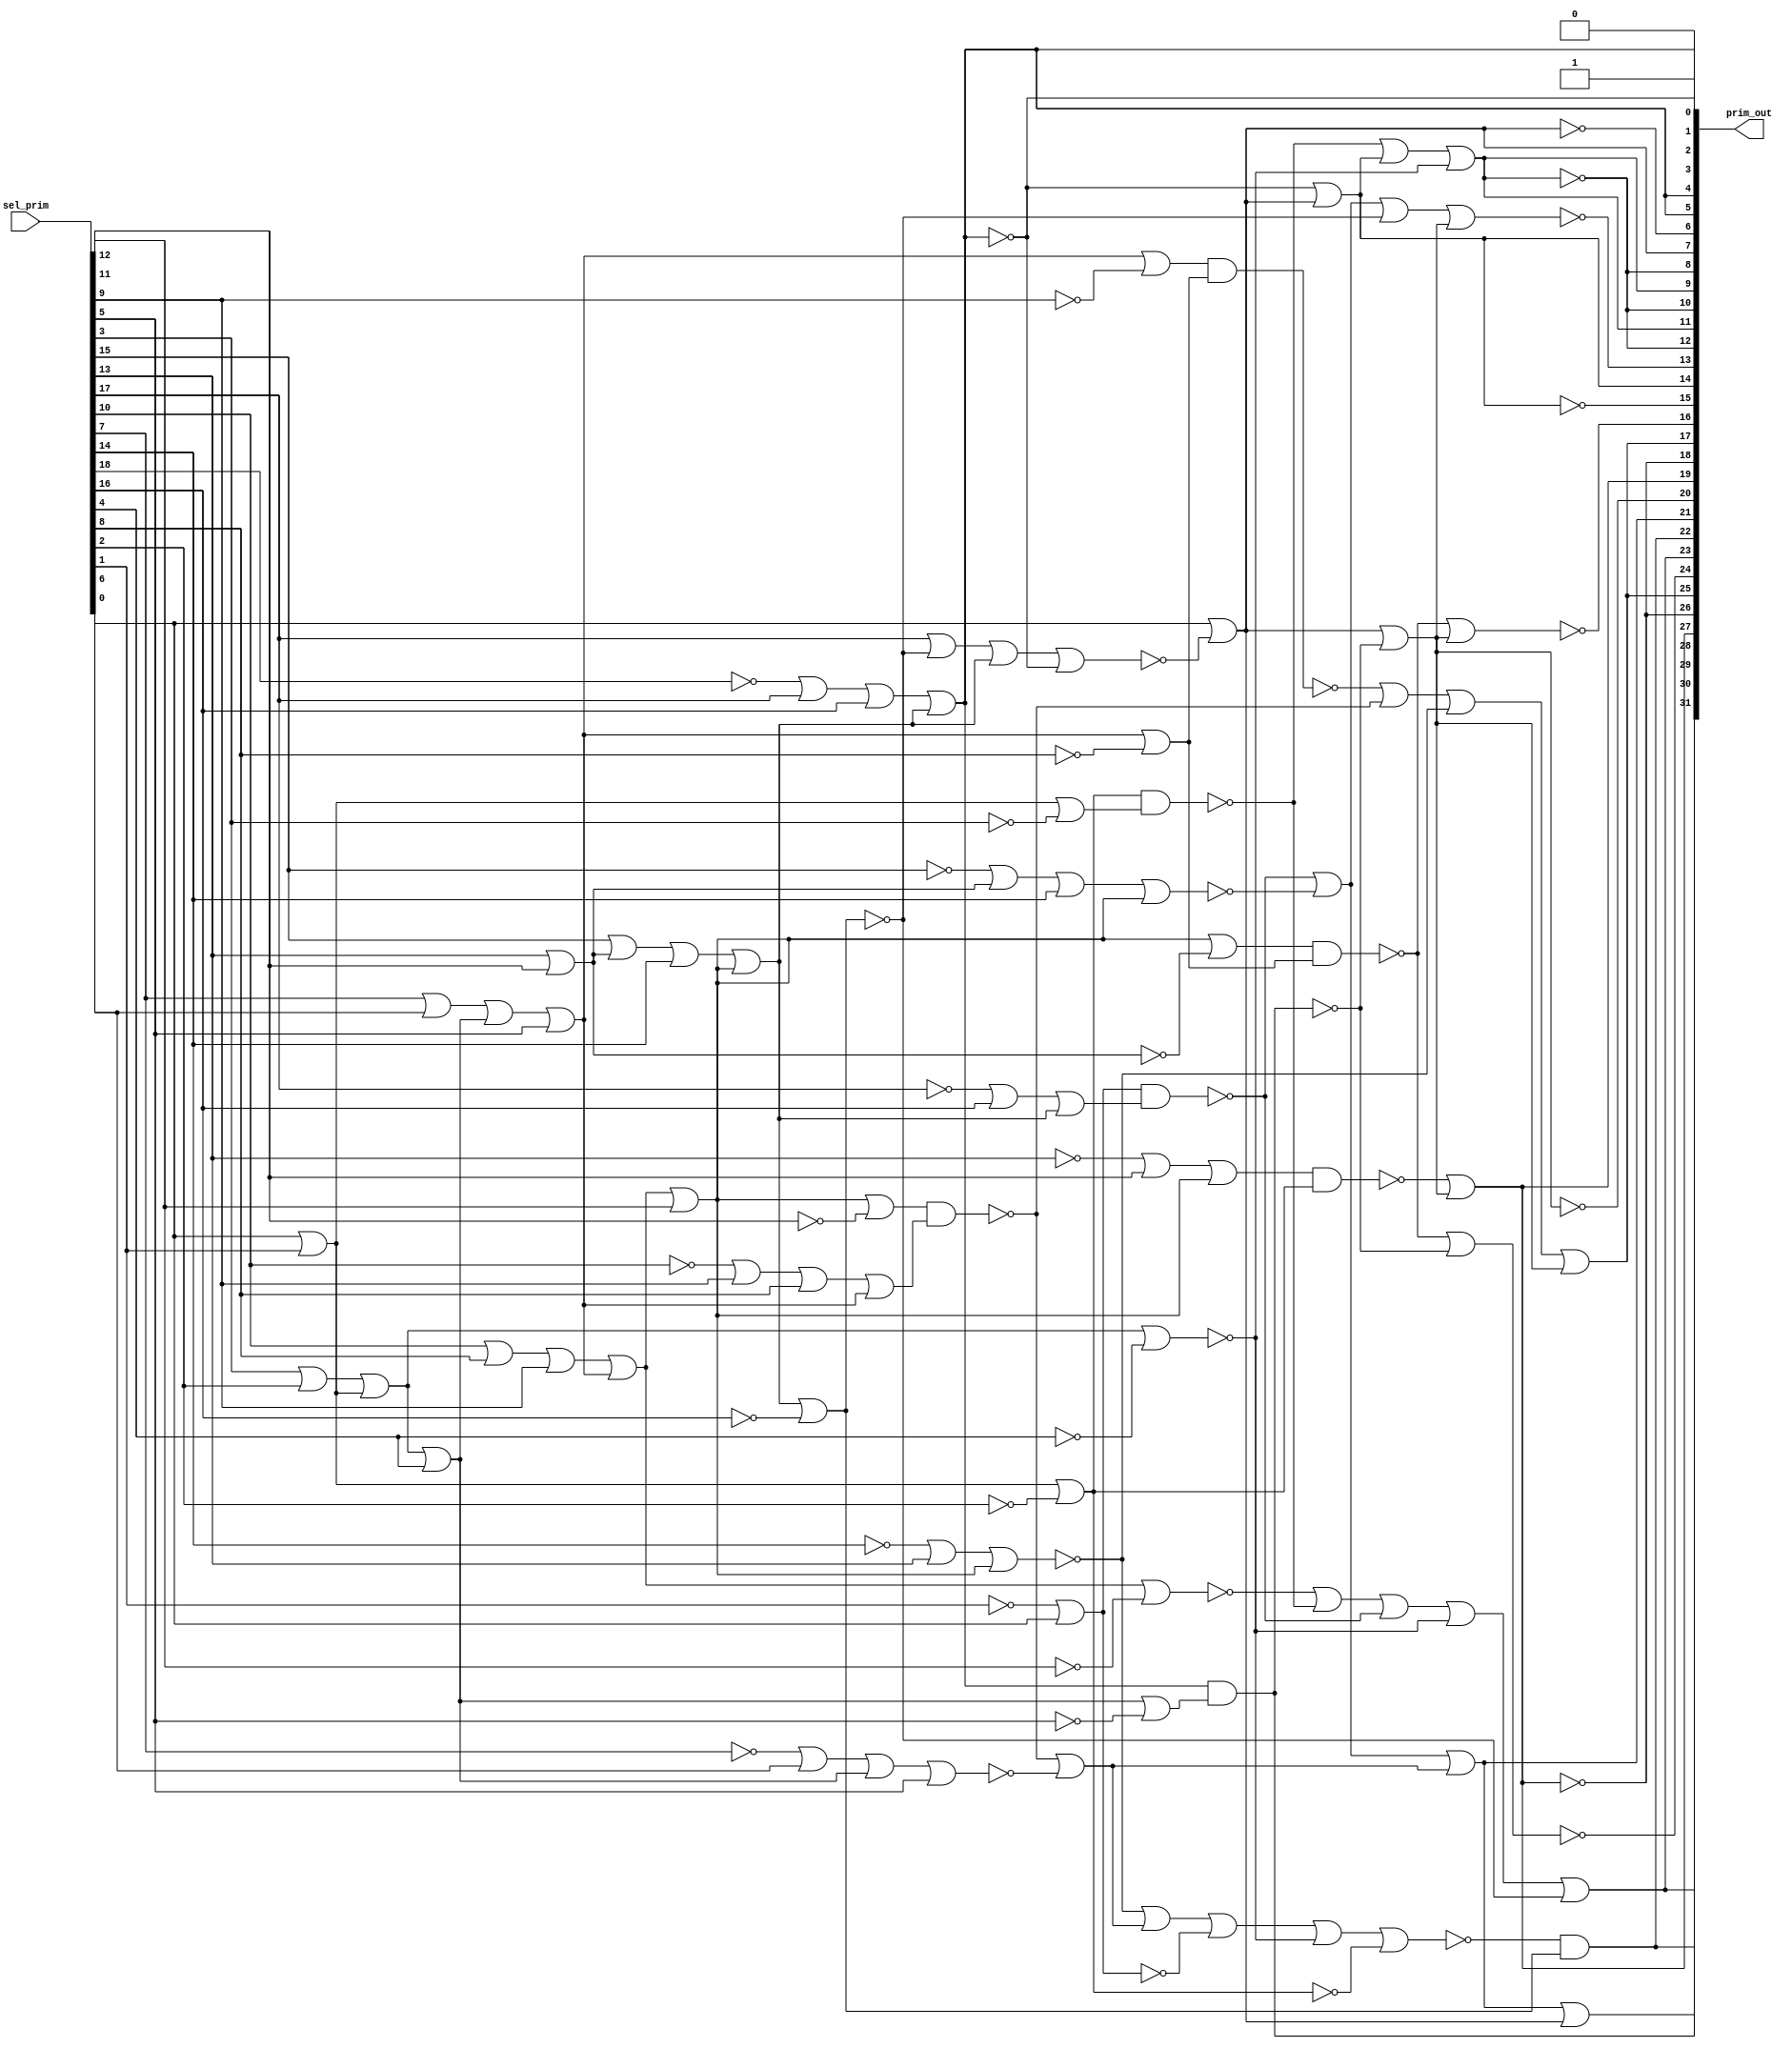

// Generated by Cadence Genus(TM) Synthesis Solution 19.20-d227_1
// Generated on: Sep  7 2021 06:26:34 PDT (Sep  7 2021 13:26:34 UTC)

// Verification Directory fv/top 

module top(prim_out, sel_prim);
  input [18:0] sel_prim;
  output [31:0] prim_out;
  wire [18:0] sel_prim;
  wire [31:0] prim_out;
  wire n_723, n_725, n_728, n_732, n_734, n_736, n_739, n_742;
  wire n_746, n_748, n_749, n_753, n_759, n_793, n_796, n_826;
  wire n_828, n_831, n_833, n_834, n_835, n_836, n_839, n_842;
  wire n_847, n_848, n_853, n_854, n_863, n_864, n_865, n_866;
  wire n_869, n_874, n_875, n_882, n_883, n_884, n_889, n_890;
  wire n_895, n_896, n_903, n_904, n_905, n_914, n_915, n_916;
  wire n_917, n_926, n_927, n_928, n_929, n_932, n_939, n_940;
  wire n_941, n_944, n_947, n_956, n_957, n_958, n_959, n_966;
  wire n_967, n_968, n_971;
  assign prim_out[0] = 1'b0;
  assign prim_out[2] = prim_out[5];
  assign prim_out[3] = 1'b1;
  assign prim_out[4] = prim_out[5];
  assign prim_out[8] = prim_out[12];
  assign prim_out[9] = prim_out[11];
  assign prim_out[10] = prim_out[12];
  assign prim_out[17] = prim_out[25];
  assign prim_out[18] = prim_out[26];
  assign prim_out[19] = prim_out[27];
  assign prim_out[22] = prim_out[30];
  assign prim_out[23] = prim_out[31];
  or g167 (n_826, n_736, wc);
  not gc (wc, sel_prim[4]);
  not g171 (prim_out[1], prim_out[5]);
  or g175 (n_828, n_742, wc0);
  not gc0 (wc0, sel_prim[8]);
  or g185 (n_831, sel_prim[13], sel_prim[12]);
  or g189 (n_746, n_723, sel_prim[11]);
  or g193 (n_833, n_736, sel_prim[4]);
  or g197 (n_834, sel_prim[0], sel_prim[1]);
  or g198 (n_732, n_834, wc1);
  not gc1 (wc1, sel_prim[2]);
  or g214 (prim_out[29], prim_out[21], prim_out[7]);
  or g229 (n_835, wc2, sel_prim[0]);
  not gc2 (wc2, sel_prim[1]);
  or g235 (n_836, n_746, wc3);
  not gc3 (wc3, n_831);
  not g347 (prim_out[26], prim_out[27]);
  or g348 (prim_out[11], n_971, wc4);
  not gc4 (wc4, n_826);
  not g349 (prim_out[12], prim_out[11]);
  or g350 (prim_out[25], n_959, n_796);
  or g357 (n_971, n_734, prim_out[14]);
  or g358 (prim_out[27], n_968, n_796);
  or g359 (prim_out[14], wc5, prim_out[7]);
  not gc5 (wc5, prim_out[5]);
  not g360 (prim_out[15], prim_out[14]);
  or g361 (n_929, n_928, wc6);
  not gc6 (wc6, n_732);
  or g362 (prim_out[7], sel_prim[0], wc7);
  not gc7 (wc7, n_941);
  or g363 (n_928, n_927, wc8);
  not gc8 (wc8, n_826);
  or g364 (prim_out[31], n_917, wc9);
  not gc9 (wc9, n_739);
  or g365 (n_947, n_759, wc10);
  not gc10 (wc10, n_739);
  or g366 (n_927, n_926, wc11);
  not gc11 (wc11, n_835);
  or g367 (n_917, n_916, wc12);
  not gc12 (wc12, n_826);
  not g368 (prim_out[6], prim_out[7]);
  or g369 (n_941, n_940, wc13);
  not gc13 (wc13, prim_out[5]);
  or g372 (n_940, n_939, n_725);
  or g373 (n_916, n_915, n_728);
  or g374 (n_926, wc14, n_749);
  not gc14 (wc14, n_753);
  or g375 (n_959, n_958, wc15);
  not gc15 (wc15, n_753);
  or g376 (n_759, n_728, wc16);
  not gc16 (wc16, n_905);
  nand g377 (n_793, prim_out[5], n_932);
  or g378 (n_958, n_957, n_748);
  or g379 (n_749, n_748, wc17);
  not gc17 (wc17, n_884);
  or g380 (n_939, sel_prim[17], wc18);
  not gc18 (wc18, n_739);
  nand g381 (n_728, n_835, n_890);
  or g382 (prim_out[5], n_896, n_725);
  nand g383 (n_968, n_967, n_732);
  nand g384 (n_944, n_836, n_828);
  nand g385 (n_748, n_865, n_866);
  not g386 (prim_out[28], n_793);
  or g387 (n_890, n_889, n_725);
  or g388 (n_865, n_746, wc19);
  not gc19 (wc19, sel_prim[12]);
  or g389 (n_725, n_875, n_746);
  or g390 (n_905, n_904, n_746);
  or g391 (n_796, prim_out[7], n_793);
  or g392 (n_967, n_966, n_746);
  or g393 (n_753, n_869, n_746);
  not g394 (prim_out[20], n_796);
  or g395 (n_915, wc20, n_734);
  not gc20 (wc20, n_914);
  nand g396 (n_957, n_956, n_828);
  or g397 (n_914, n_723, wc21);
  not gc21 (wc21, sel_prim[11]);
  or g398 (n_723, n_854, n_742);
  or g399 (n_956, n_742, wc22);
  not gc22 (wc22, sel_prim[9]);
  or g400 (n_866, n_864, n_742);
  or g401 (n_742, n_848, sel_prim[5]);
  or g402 (n_884, n_883, sel_prim[5]);
  or g403 (n_848, n_847, n_833);
  or g404 (n_932, n_833, wc23);
  not gc23 (wc23, sel_prim[5]);
  or g405 (n_883, n_882, n_833);
  nand g406 (n_734, n_732, n_842);
  or g407 (n_875, n_874, sel_prim[14]);
  or g408 (n_904, n_903, sel_prim[14]);
  or g409 (n_842, n_834, wc24);
  not gc24 (wc24, sel_prim[3]);
  or g410 (n_903, wc25, n_831);
  not gc25 (wc25, sel_prim[15]);
  or g411 (n_736, n_839, n_834);
  or g412 (n_896, n_895, sel_prim[16]);
  or g413 (n_854, n_853, sel_prim[9]);
  or g414 (n_874, sel_prim[15], n_831);
  or g415 (n_864, n_863, sel_prim[8]);
  or g416 (n_966, wc26, sel_prim[12]);
  not gc26 (wc26, sel_prim[13]);
  or g417 (prim_out[21], n_759, n_749);
  or g418 (n_839, sel_prim[3], sel_prim[2]);
  or g419 (n_847, sel_prim[7], sel_prim[6]);
  or g420 (n_889, wc27, sel_prim[16]);
  not gc27 (wc27, sel_prim[17]);
  or g421 (n_853, sel_prim[10], sel_prim[8]);
  or g422 (n_863, wc28, sel_prim[9]);
  not gc28 (wc28, sel_prim[10]);
  or g423 (n_882, wc29, sel_prim[6]);
  not gc29 (wc29, sel_prim[7]);
  or g424 (n_869, wc30, sel_prim[13]);
  not gc30 (wc30, sel_prim[14]);
  or g425 (n_895, wc31, sel_prim[17]);
  not gc31 (wc31, sel_prim[18]);
  nor g426 (prim_out[24], n_944, n_793);
  and g427 (prim_out[30], wc32, n_739);
  not gc32 (wc32, n_929);
  nor g428 (prim_out[16], n_944, n_796);
  nor g429 (prim_out[13], n_947, n_796);
  or g437 (n_739, n_725, wc33);
  not gc33 (wc33, sel_prim[16]);
endmodule